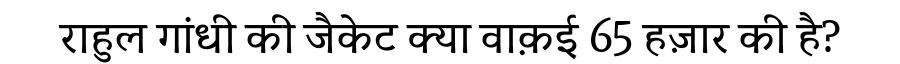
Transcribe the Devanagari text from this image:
राहुल गांधी की जैकेट क्या वाक़ई 65 हज़ार की है?